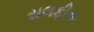
સલફીના